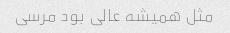
مثل همیشه عالی بود مرسی